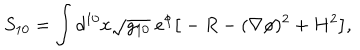
S _ { 1 0 } = \int d ^ { 1 0 } x \sqrt { g _ { 1 0 } } ~ e ^ { \phi } \big [ - R - ( \nabla \phi ) ^ { 2 } + H ^ { 2 } \big ] ,